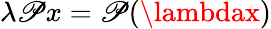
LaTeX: \lambda\mathscr{P}x=\mathscr{P}(\lambdax)